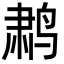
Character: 鹔